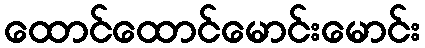
ထောင်ထောင်မောင်းမောင်း